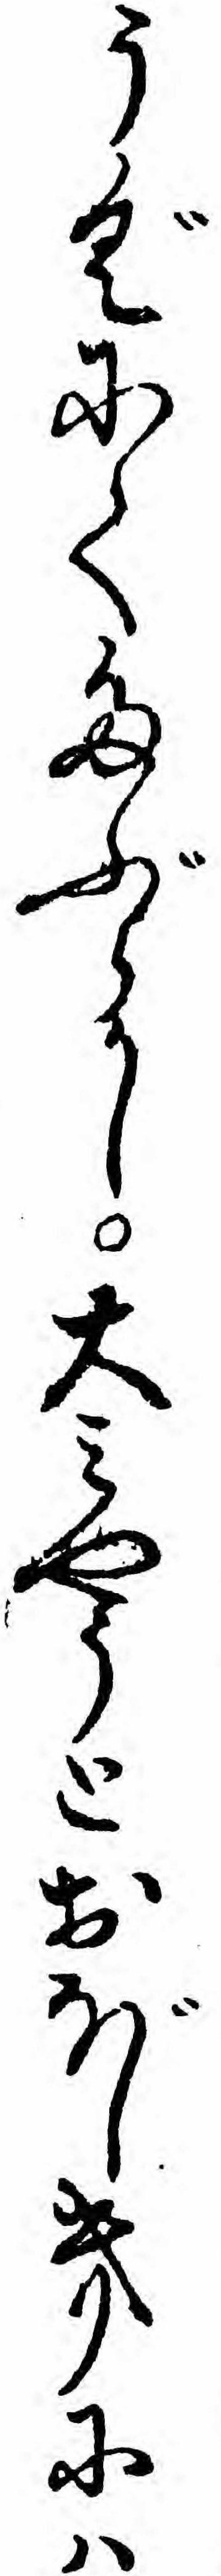
うぐにてたぶらかし大ミやうとおぼしきにハ